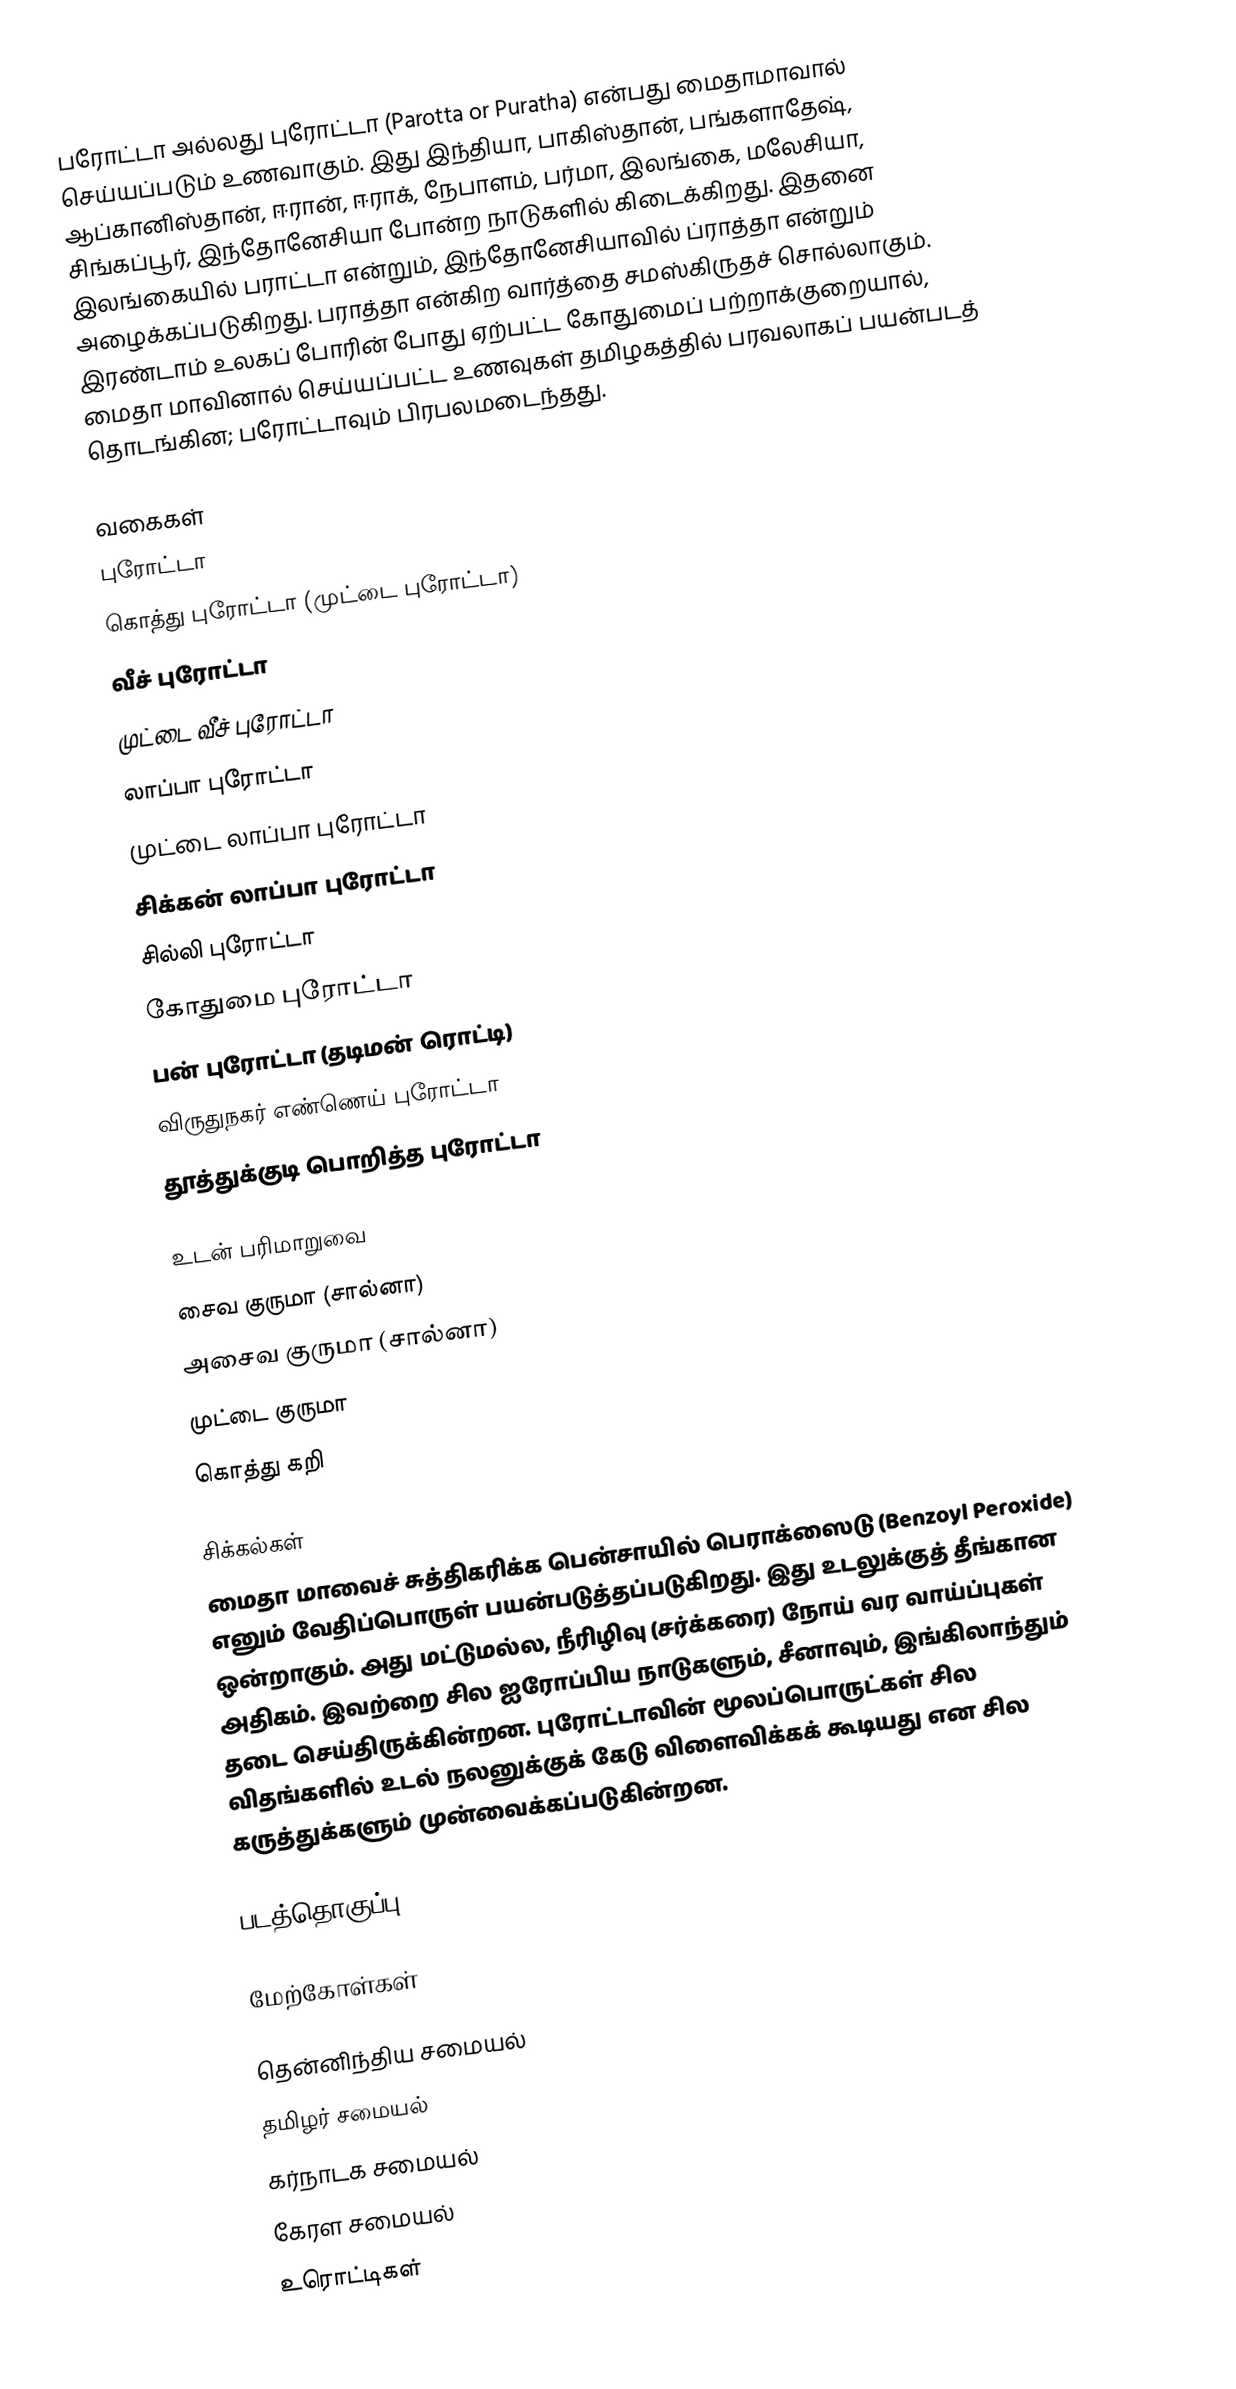
பரோட்டா அல்லது புரோட்டா (Parotta or Puratha) என்பது மைதாமாவால் செய்யப்படும் உணவாகும். இது இந்தியா, பாகிஸ்தான், பங்களாதேஷ், ஆப்கானிஸ்தான், ஈரான், ஈராக், நேபாளம், பர்மா, இலங்கை, மலேசியா, சிங்கப்பூர், இந்தோனேசியா போன்ற நாடுகளில் கிடைக்கிறது. இதனை இலங்கையில் பராட்டா என்றும், இந்தோனேசியாவில் ப்ராத்தா என்றும் அழைக்கப்படுகிறது. பராத்தா என்கிற வார்த்தை சமஸ்கிருதச் சொல்லாகும். இரண்டாம் உலகப் போரின் போது ஏற்பட்ட கோதுமைப் பற்றாக்குறையால், மைதா மாவினால் செய்யப்பட்ட உணவுகள் தமிழகத்தில் பரவலாகப் பயன்படத் தொடங்கின; பரோட்டாவும் பிரபலமடைந்தது.

வகைகள்
 புரோட்டா
 கொத்து புரோட்டா (முட்டை புரோட்டா)
 வீச் புரோட்டா
 முட்டை வீச் புரோட்டா
 லாப்பா புரோட்டா
 முட்டை லாப்பா புரோட்டா
 சிக்கன் லாப்பா புரோட்டா
 சில்லி புரோட்டா
 கோதுமை புரோட்டா
 பன் புரோட்டா (தடிமன் ரொட்டி)
 விருதுநகர் எண்ணெய் புரோட்டா
 தூத்துக்குடி பொறித்த புரோட்டா

உடன் பரிமாறுவை
சைவ குருமா (சால்னா)
அசைவ குருமா (சால்னா)
முட்டை குருமா
கொத்து கறி

சிக்கல்கள்
மைதா மாவைச் சுத்திகரிக்க பென்சாயில் பெராக்ஸைடு (Benzoyl Peroxide) எனும் வேதிப்பொருள் பயன்படுத்தப்படுகிறது. இது உடலுக்குத் தீங்கான ஒன்றாகும். அது மட்டுமல்ல, நீரிழிவு (சர்க்கரை) நோய் வர வாய்ப்புகள் அதிகம். இவற்றை சில ஐரோப்பிய நாடுகளும், சீனாவும், இங்கிலாந்தும் தடை செய்திருக்கின்றன. புரோட்டாவின் மூலப்பொருட்கள் சில விதங்களில் உடல் நலனுக்குக் கேடு விளைவிக்கக் கூடியது என சில கருத்துக்களும் முன்வைக்கப்படுகின்றன.

படத்தொகுப்பு

மேற்கோள்கள்

தென்னிந்திய சமையல்
தமிழர் சமையல்
கர்நாடக சமையல்
கேரள சமையல்
உரொட்டிகள்